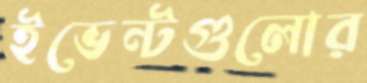
ইভেন্টগুলোর